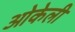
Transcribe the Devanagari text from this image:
ओकेली